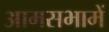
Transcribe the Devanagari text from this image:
आमसभामें